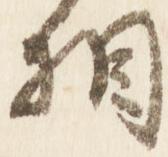
相